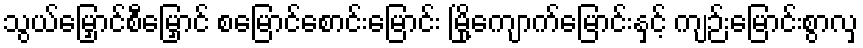
သွယ်မြှောင်စီမြှောင် စမြောင်စောင်းမြောင်း မြို့ကျောက်မြောင်းနှင့် ကျဉ်းမြောင်းစွာလှ